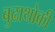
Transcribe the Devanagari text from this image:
बुढाथोकी